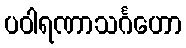
ပဝါရဏာသင်္ဂဟော